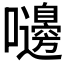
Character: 𪢥